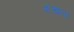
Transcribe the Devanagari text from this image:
शंखला